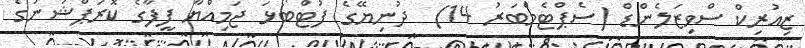
ޒިއުރިކް ސްވިޒަލެންޑް (ސެޕްޓެމްބަރު 14)  ދުނިޔޭގެ ފުޓްބޯޅަ ޖަމިއްޔާ ފީފާގެ ކޮރަޕްޝަނުގެ